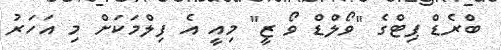
ބްރެޑް ޕިޓްގެ "ވޯލްޑް ވޯ ޒީ" މިއީ އެ ފިލްމަކަށް މި އަހަރު